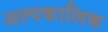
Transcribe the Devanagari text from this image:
अल्‍पकालिक